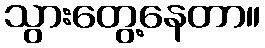
သွားတွေ့နေတာ။